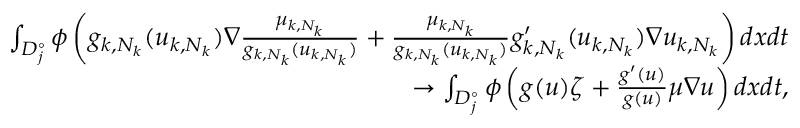
\begin{array} { r l r } & { } & { \int _ { D _ { j } ^ { \circ } } \phi \left( g _ { k , N _ { k } } ( u _ { k , N _ { k } } ) \nabla \frac { \mu _ { k , N _ { k } } } { g _ { k , N _ { k } } ( u _ { k , N _ { k } } ) } + \frac { \mu _ { k , N _ { k } } } { g _ { k , N _ { k } } ( u _ { k , N _ { k } } ) } g _ { k , N _ { k } } ^ { \prime } ( u _ { k , N _ { k } } ) \nabla u _ { k , N _ { k } } \right) d x d t } \\ & { } & { \rightarrow \int _ { D _ { j } ^ { \circ } } \phi \left( g ( u ) \zeta + \frac { g ^ { \prime } ( u ) } { g ( u ) } \mu \nabla u \right) d x d t , } \end{array}